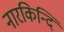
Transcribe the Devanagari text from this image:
नारकिन्दि